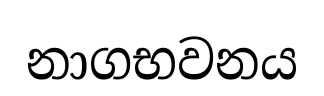
නාගභවනය